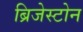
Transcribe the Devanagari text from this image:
ब्रिजेस्टोन